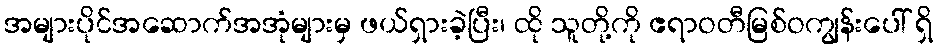
အများပိုင်အဆောက်အအုံများမှ ဖယ်ရှားခဲ့ပြီး၊ ထို သူတို့ကို ဧရာဝတီမြစ်ဝကျွန်းပေါ် ရှိ